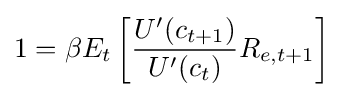
1=\beta E_{t}\left[{\frac {U'(c_{t+1})}{U'(c_{t})}}R_{e,t+1}\right]